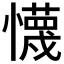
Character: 懱